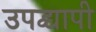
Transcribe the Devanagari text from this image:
उपद्य्वापी